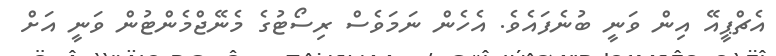
އެޗްޕީއޭ އިން ވަނީ ބުނެފައެވެ. އެހެން ނަމަވެސް ރިސޯޓުގެ މެނޭޖްމެންޓުން ވަނީ އަށް